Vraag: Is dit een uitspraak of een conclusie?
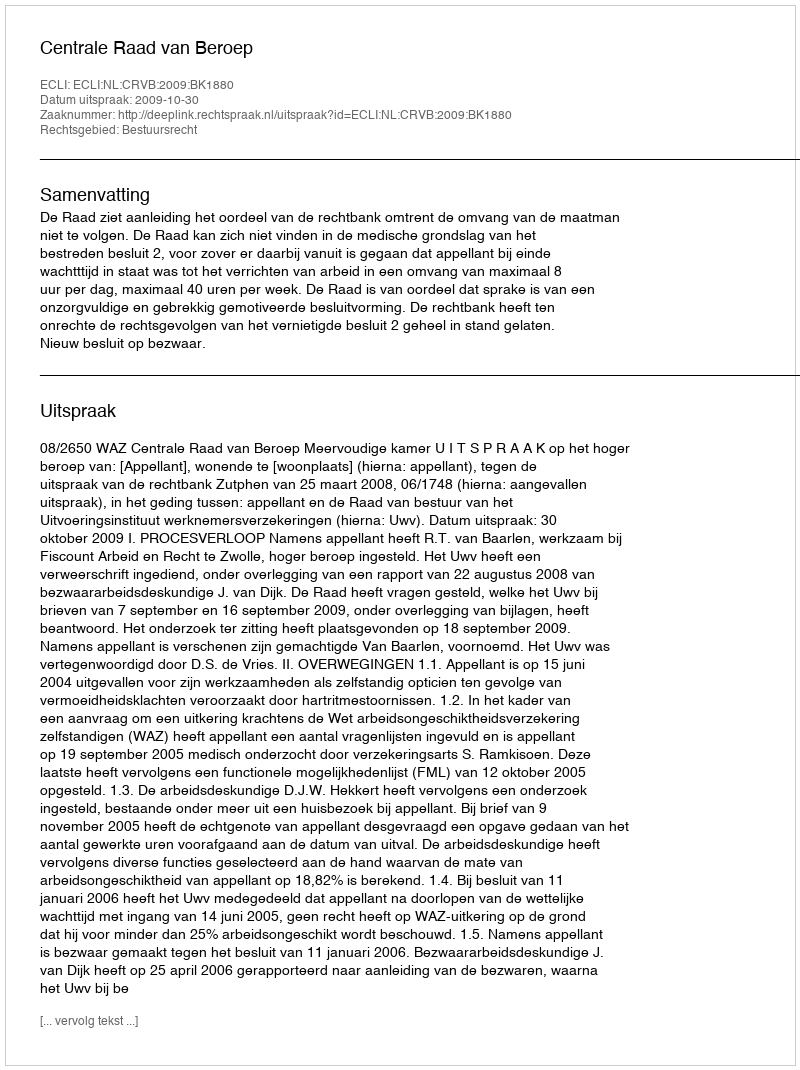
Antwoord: Uitspraak